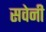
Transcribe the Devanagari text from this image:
सवेनी